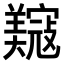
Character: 𫅟